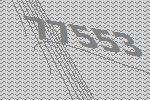
77553